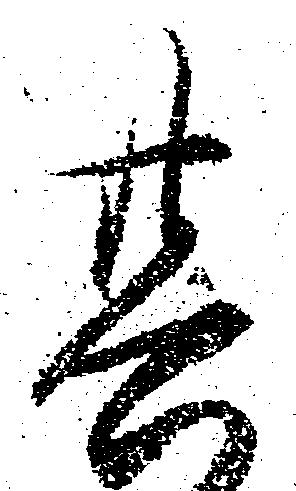
其